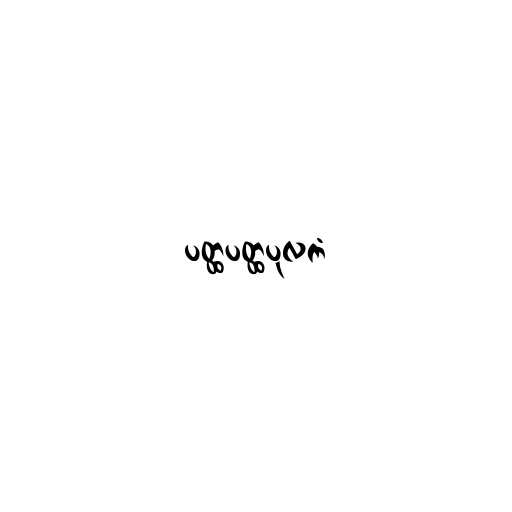
ပတ္ထပတ္ထပုလကံ